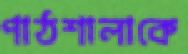
পাঠশালাকে